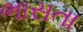
ભાસતા